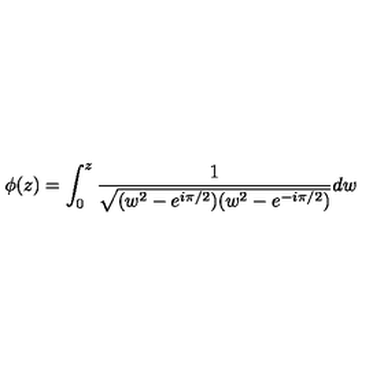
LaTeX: \phi ( z ) = \int _ { 0 } ^ { z } \frac 1 { \sqrt { ( w ^ { 2 } - e ^ { i \pi / 2 } ) ( w ^ { 2 } - e ^ { - i \pi / 2 } ) } } d w